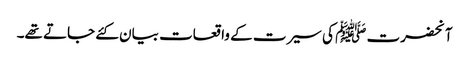
آنحضرت ﷺ کی سیرت کے واقعات بیان کئے جاتے تھے۔